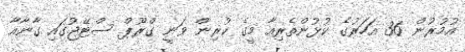
އުމުރުން 36 އަހަރުގެ ކުޅުންތެރިއާ މީގެ ކުރިން ވަނީ ގްރޫޕް ސްޓޭޖުގައި ގާނާއާ